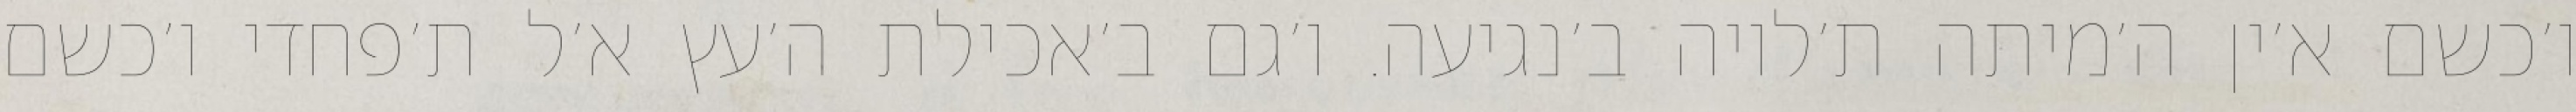
ו׳כשם א׳ין ה׳מיתה ת׳לויה ב׳נגיעה. ו׳גם ב׳אכילת ה׳עץ א׳ל ת׳פחדי ו׳כשם